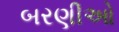
બરણીઓ